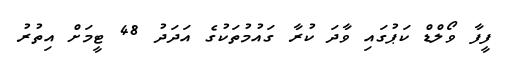
ފީފާ ވޯލްޑް ކަޕުގައި ވާދަ ކުރާ ގައުމުތަކުގެ އަދަދު 48 ޓީމަށް އިތުރު